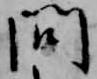
問